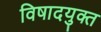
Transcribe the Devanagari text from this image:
विषादयुक्त